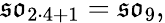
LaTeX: {\mathfrak{so}}_{2\cdot 4+1}={\mathfrak{so}}_{9},